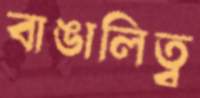
বাঙালিত্ব